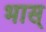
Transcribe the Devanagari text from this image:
भास्